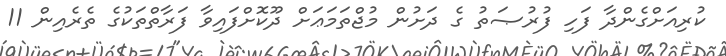
ކުރިއަށްގެންދާ ފަހި ފުރުޞަތު ގެ ދަށުން މުޖްތަމަޢަށް ދޫކޮށްފައިވާ ފަރާތްތަކުގެ ތެރެއިން 11